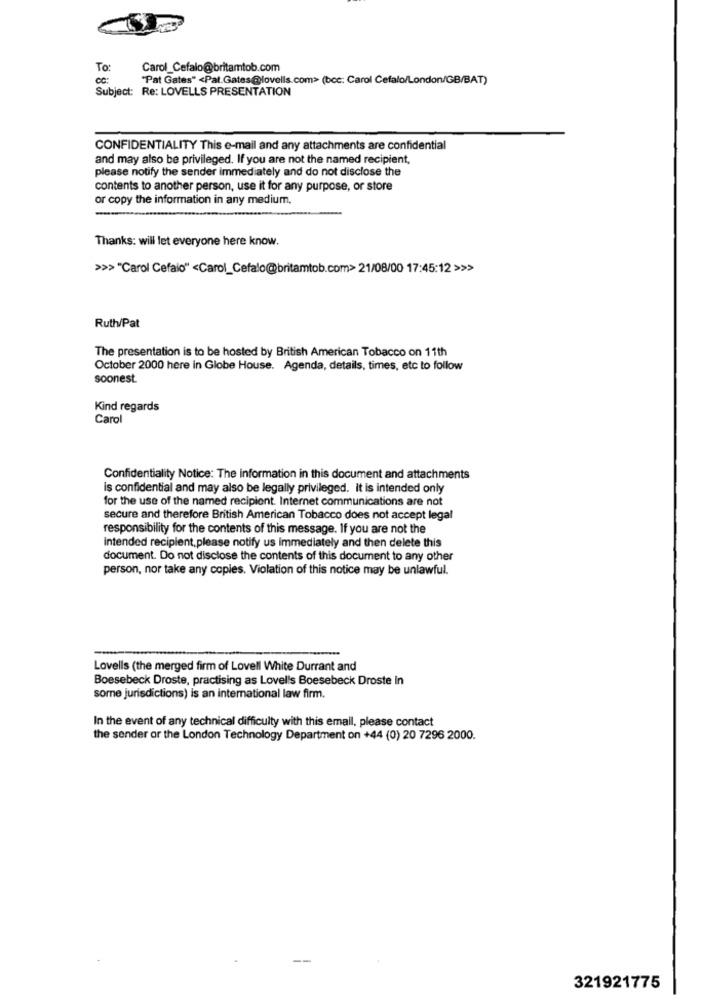
To:
Carol_Cefalo@britamtob.com
CC:
"Pat Gates" <Pat.Gates@lovells.com> (bcc: Carol Cefalo/London/GB/BAT)
Subject: Re: LOVELLS PRESENTATION
CONFIDENTIALITY This e-mail and any attachments are confidential
and may also be privileged. If you are not the named recipient,
please notify the sender immediately and do not disclose the
contents to another person, use it for any purpose, or store
or copy the information in any medium,
Thanks: will let everyone here know.
>>> "Carol Cefalo" <Carol_Cefalo@britamtob.com> 21/08/00 17:45:12 >>>
Ruth/Pat
The presentation is to be hosted by British American Tobacco on 11th
October 2000 here in Globe House. Agenda, details, times, etc to follow
soonest.
Kind regards
Carol
Confidentiality Notice: The information in this document and attachments
is confidential and may also be legally privileged. It is intended only
for the use of the named recipient. Internet communications are not
secure and therefore British American Tobacco does not accept legal
responsibility for the contents of this message. If you are not the
Intended recipient, please notify us immediately and then delete this
document. Do not disclose the contents of this document to any other
person, nor take any copies. Violation of this notice may be unlawful.
Lovells (the merged firm of Lovell White Durrant and
Boesebeck Droste, practising as Lovells Boesebeck Droste in
somne jurisdictions) is an international law firm.
In the event of any technical difficulty with this email, please contact
the sender or the London Technology Department on +44 (0) 20 7296 2000.
321921775